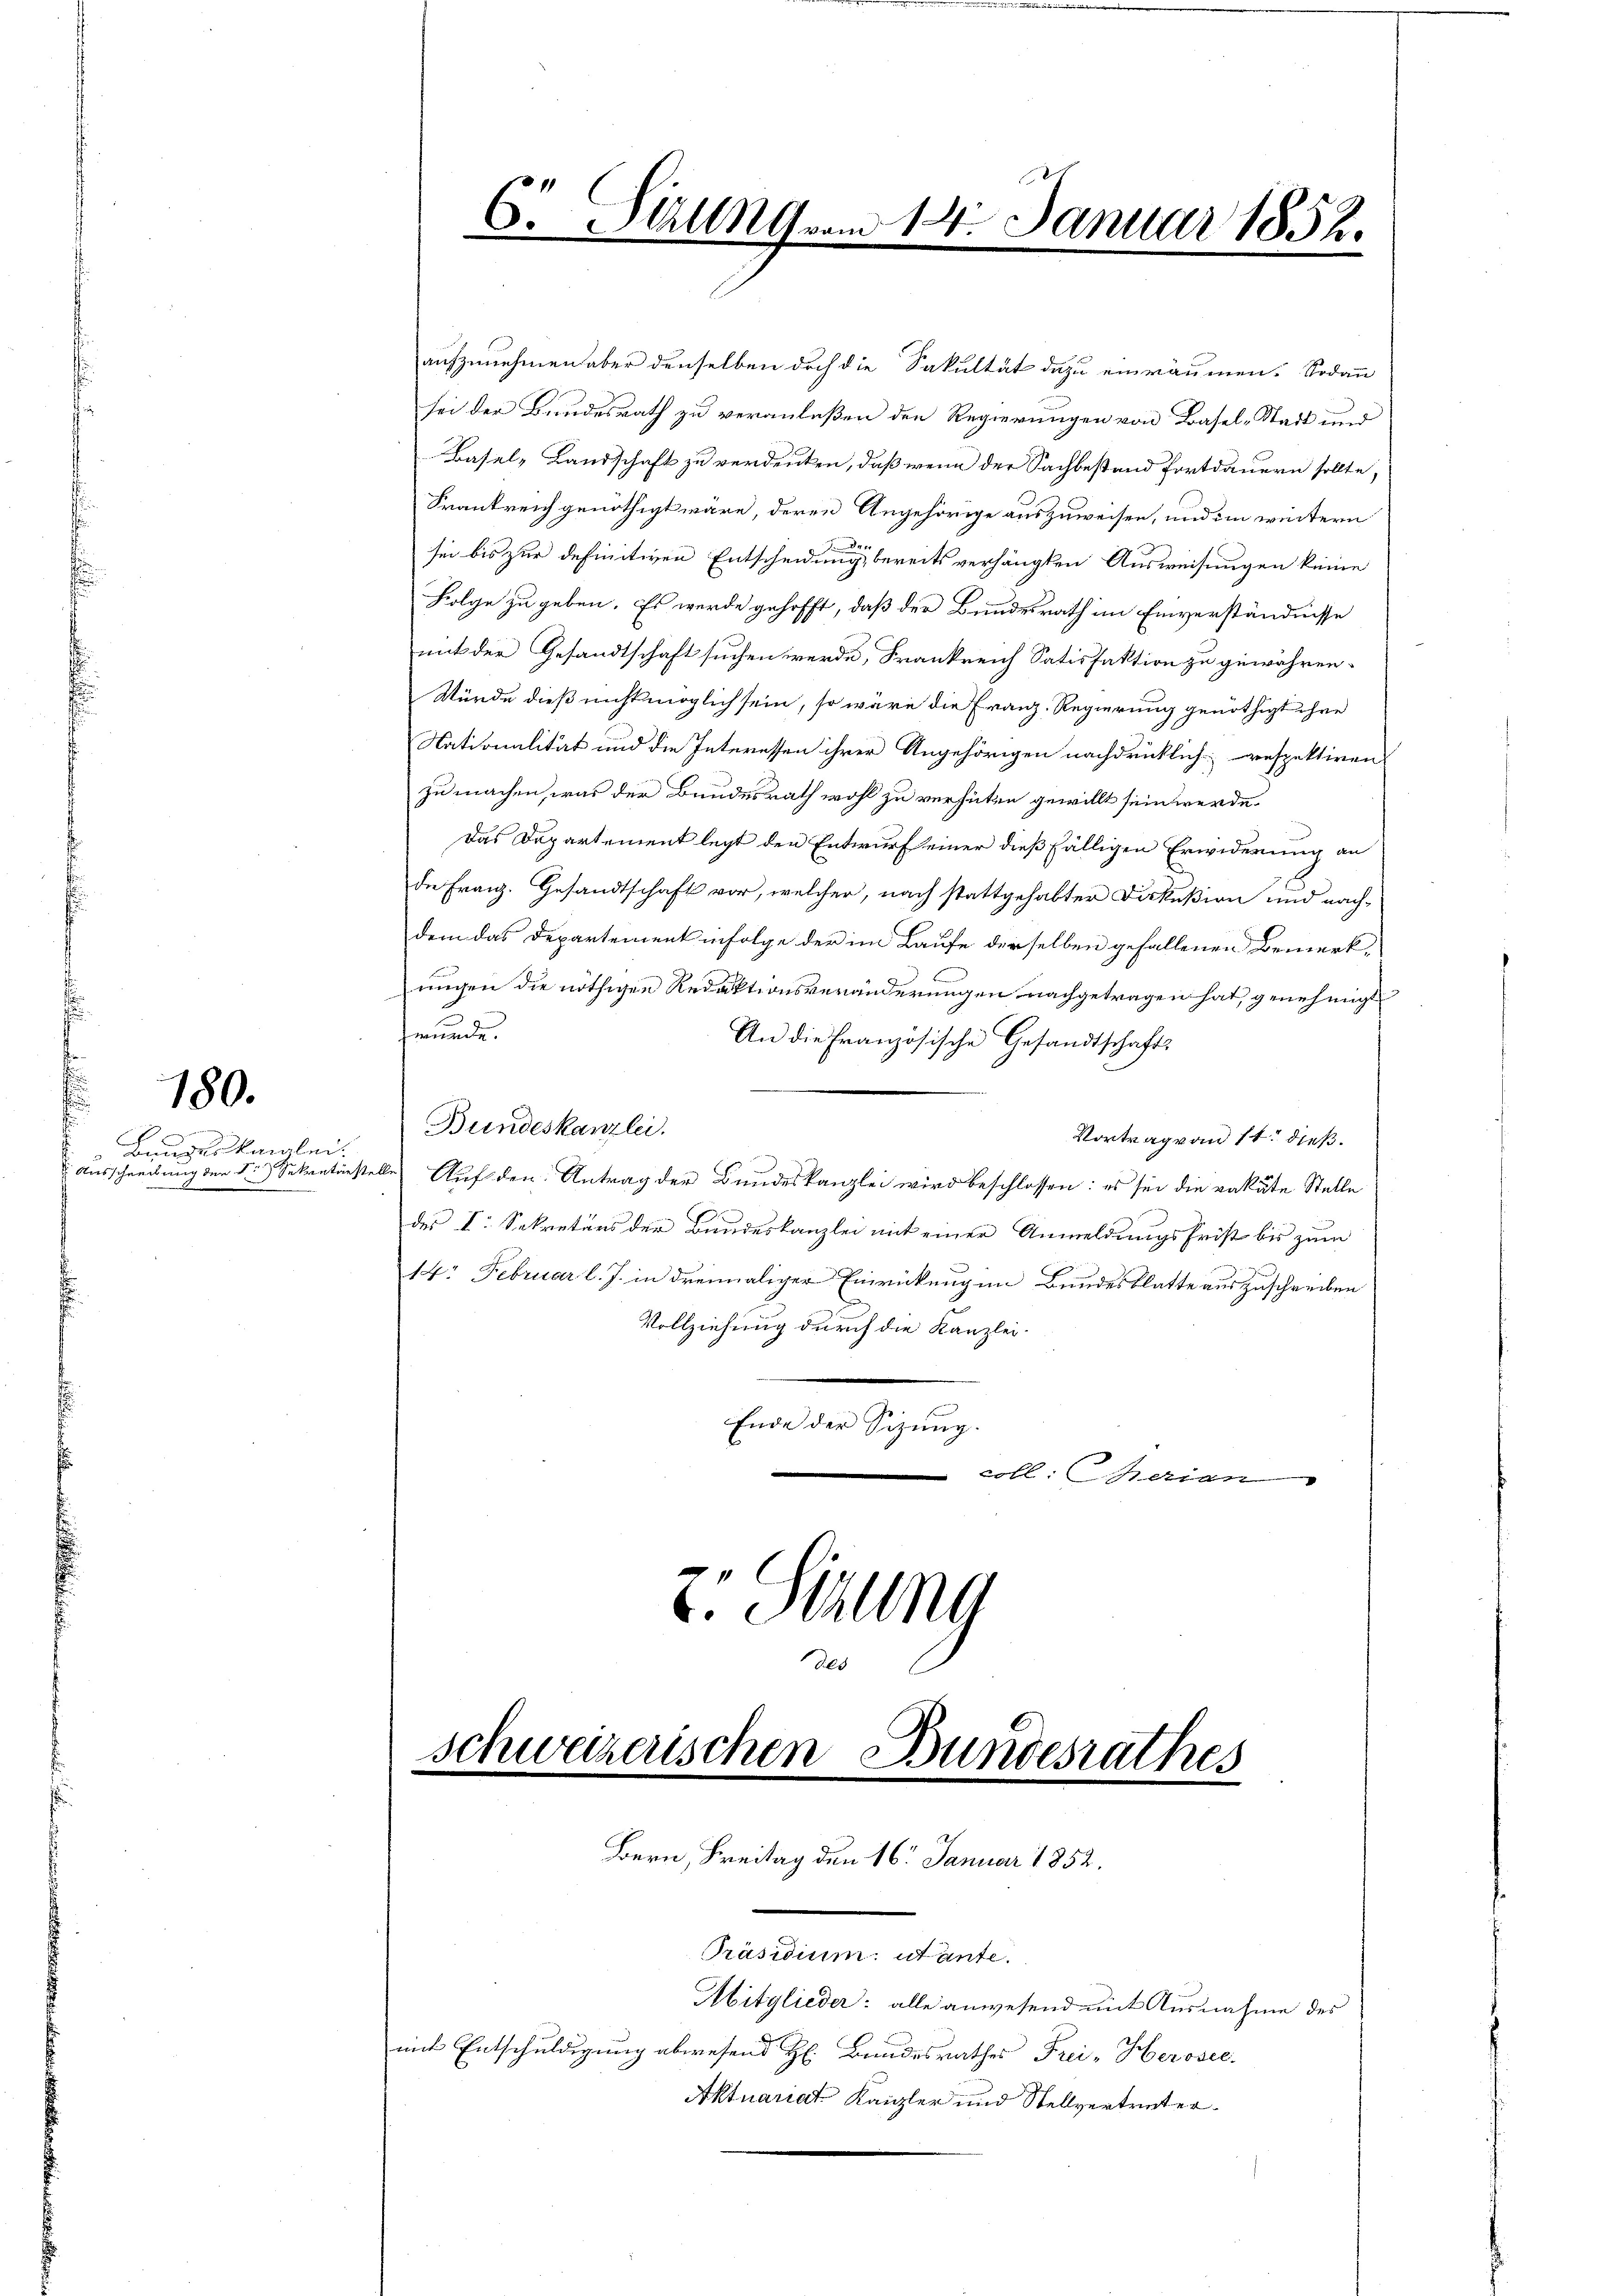
E
Baugeskanzlei.

180.

aufzunehmen aber denselben doch die Fakultät dazu einräumen. Sodann
sei der Bundesrath zu veranlaßen den Regierungen von Basel-Stadt und
Basel-Landschaft zu verdeuten, daß wenn der Sachbestand fortdauern sollte,
Frankreich genöthigt wäre, deren Angehörige auszuweisen, und im weitern
sei bis zur definitiven Entscheidung, bereits verhängten Ausweisungen keine
Folge zu geben. Es werde gehofft, daß der Bundesrath im Einverständnisse
mit der Gesandtschaft suchen werde, Frankreich Satisfaktion zu gewähren.
Würde dieß nicht möglich sein, so wäre die Franz-Regierung genöthigt ihre
Nationalität und die Interessen ihrer Angehörigen nachdrücklich respektiren
zu machen, was der Bundesrath wohl zu verhüten gewillt sein werde.
Das Departement legt den Entwurf seiner dießfälligen Erwiderung an
die Franz. Gesandtschaft vor, welcher, nach stattgehabter Diskußion und nachdem das Departement infolge der im Laufe derselben gefallenen Bemerk-
ungen die nöthigen Redaktionsveränderungen nachgetragen hat, genehmigt
wurde.
An die Französische Gesandtschaft
Bundeskanzlei.
Vortrag von 11. dieß.
Ausschreibung der S. Sekretinstelle Auf den Antrag der Bundeskanzlei wird beschlossen: es sei die vakute Stelle
des I. Sekretärs der Bundeskanzlei mit einer Anmeldungsfrist bis zum
14. Februar l. J. in dreimaliger Einrickungen Bundesblatte auszuschreiben
Vollziehung durch die Kanzlei-
Ende der Sizung.
 coll. Merian
z. Itzung
des

Schweizerischen Bundesrathes
Bern, Freitag den 16. Januar 1852.

d
6. Sitzung vom 14. Januar 1852.

Präsidium: utante.
Mitglieder: alle anwesend mit Ausnahme des
mit Entschuldigung abwesend H. Bandesrathes Frei-Herosec
Aktuariat Kanzler und Stellvertreter